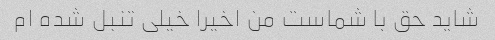
شاید حق با شماست من اخیرا خیلی تنبل شده ام